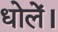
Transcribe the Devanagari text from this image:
धोलें।